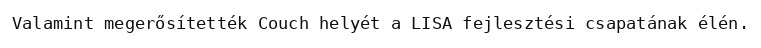
Valamint megerősítették Couch helyét a LISA fejlesztési csapatának élén.